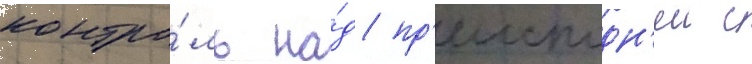
контро́ль на́д пр'еисподн'еи с